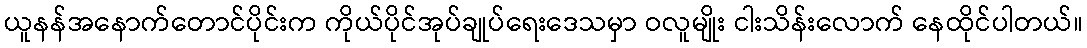
ယူနန်အနောက်တောင်ပိုင်းက ကိုယ်ပိုင်အုပ်ချုပ်ရေးဒေသမှာ ဝလူမျိုး ငါးသိန်းလောက် နေထိုင်ပါတယ်။